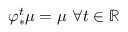
\varphi _ { * } ^ { t } \mu = \mu ~ \forall t \in \mathbb { R }